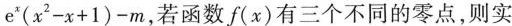
e ^ { x } ( x ^ { 2 } - x + 1 ) - m$$，若函数f(x)有三个不同的零点，则实